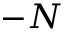
- N